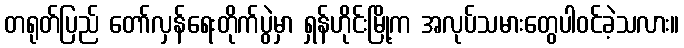
တရုတ်ပြည် တော်လှန်ရေးတိုက်ပွဲမှာ ရှန်ဟိုင်းမြို့က အလုပ်သမားတွေပါဝင်ခဲ့သလား။